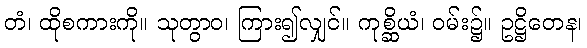
တံ၊ ထိုစကားကို။ သုတွာဝ၊ ကြား၍လျှင်။ ကုစ္ဆိယံ၊ ဝမ်း၌။ ဥဋ္ဌိတေန၊